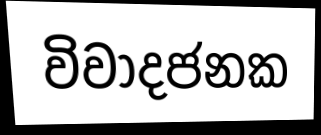
විවාදජනක